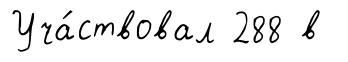
Уча́ствовал 288 в